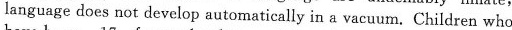
language does not develop automatically in a vacuum. Children who